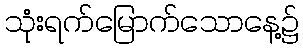
သုံးရက်မြောက်သောနေ့၌